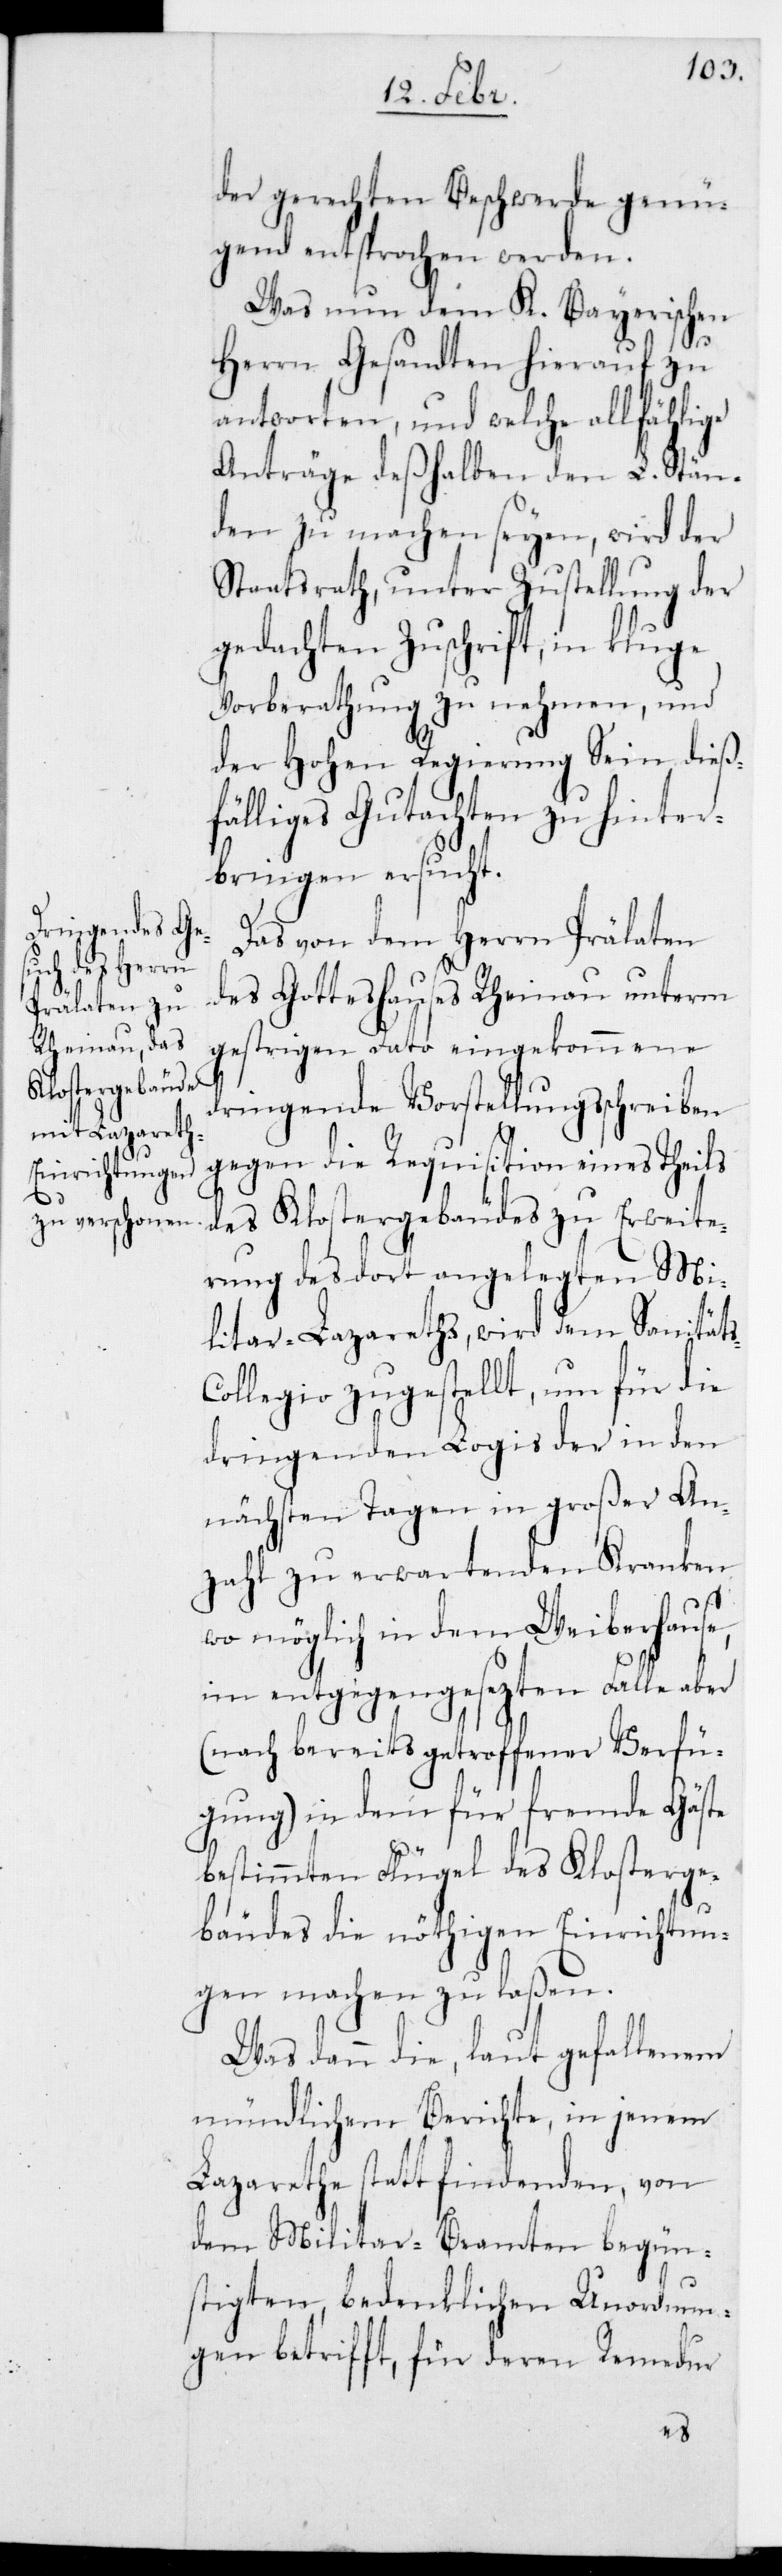
der gerechten Beschwerde genü¬
gend entsprochen werden.
Was nun dem K. Bayerischen
Herrn Gesandten hierauf zu
antworten, und welche allfählige
Anträge deshalben den L. Stän¬
den zu machen seyen, wird der
Staatsrath, unter Zustellung der
gedachten Zuschrift, in kluge
Vorberathung zu nehmen und
der Hohen Regierung sein dieß¬
fälliges Gutachten zu hinter¬
bringen ersucht.
Das von dem Herrn Prälaten
des Gotteshauses Rheinau unterm
gestrigen Dato eingekommene
dringende Vorstellungsschreiben
gegen die Requisiton eines Theils
des Klostergebäudes zu Erweite¬
rung des dort angelegten Mi¬
litar-Lazareths, wird dem Sanität¬
ollegio zugestellt, um für die
dringenden Logis der in den
nächsten Tagen in großer An¬
zahl zu erwartenden Kranken
wo möglich in dem Weiberhause,
im entgegengesezten Falle aber
(nach bereits getroffener Verfü¬
gung) in dem für fremde Gäste
bestimmten Flügel des Klosterge¬
bäudes die nöthigen Einrichtun¬
gen machen zu laßen.
Was dann die, laut gefallenem
mündlichem Berichte, in jenem
Lazarethe stattfindenden, von
dem Militar-Beamten begün¬
stigten, bedenklichen Unordnun¬
gen betrifft, für deren Remedur
s-C¬